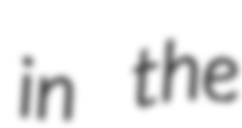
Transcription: in the